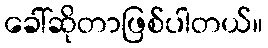
ခေါ်ဆိုတာဖြစ်ပါတယ်။